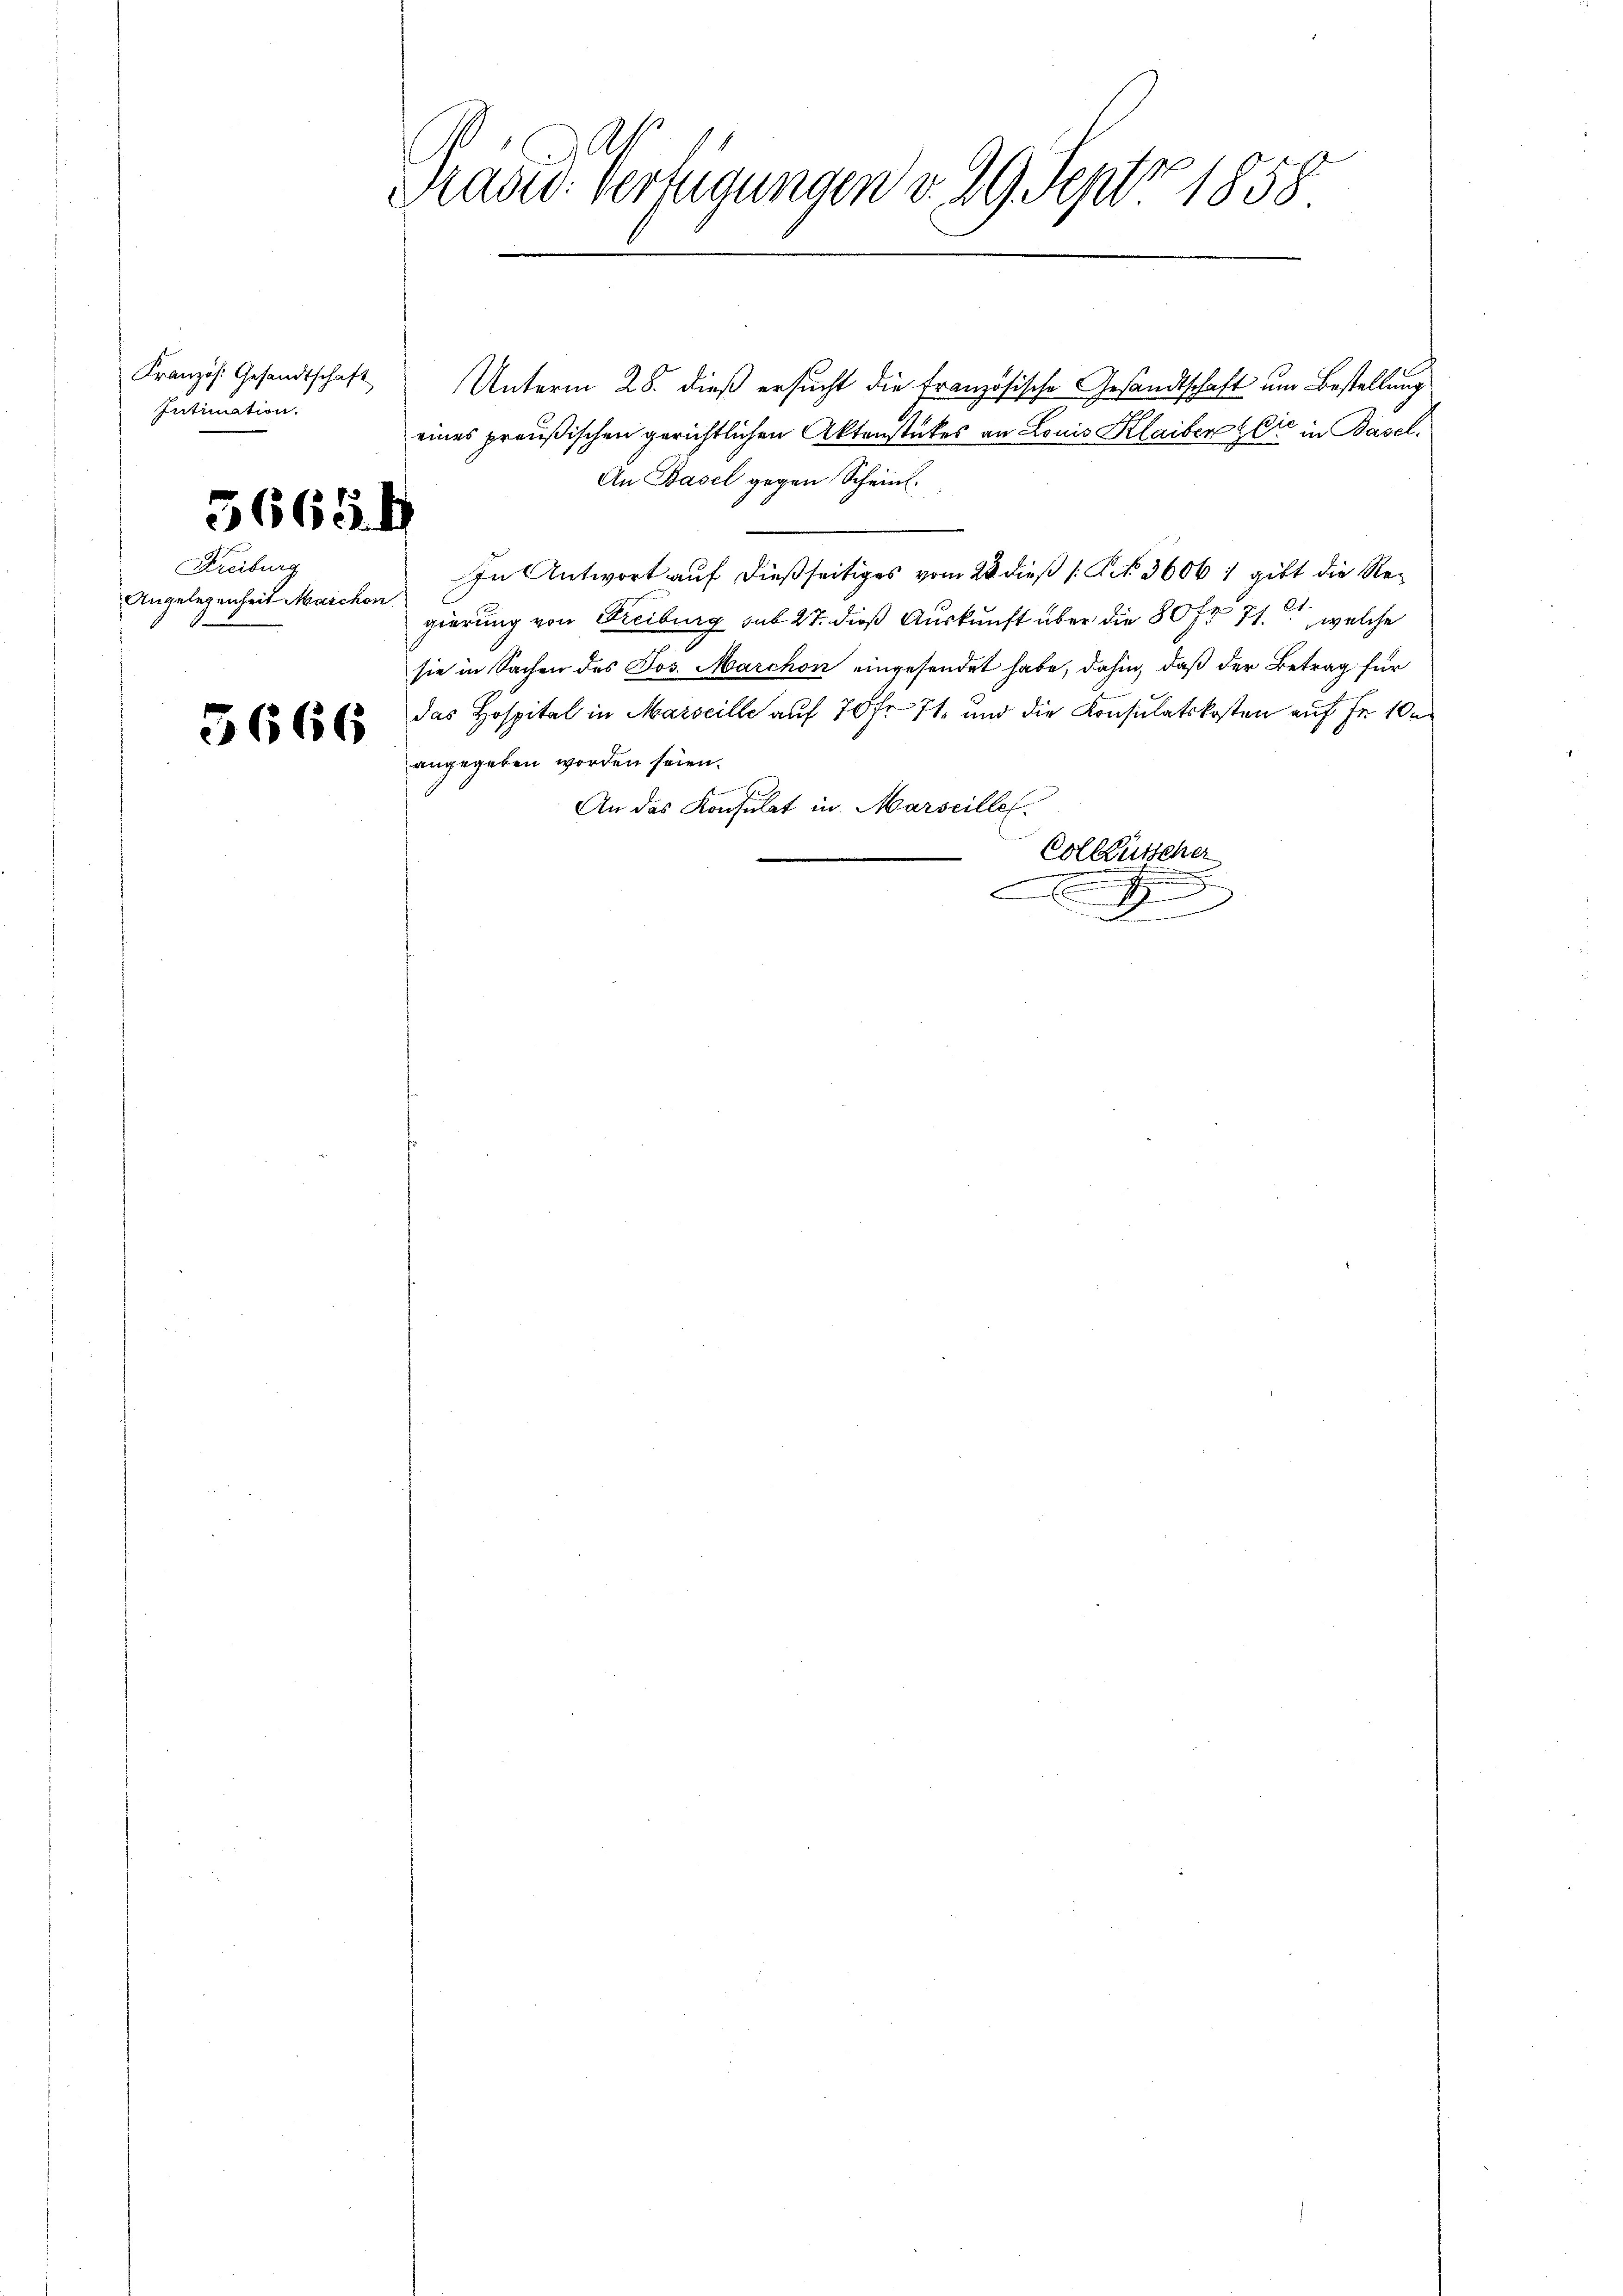
Französ. Gesandtschaft
Intimation.

56654

Freiburg
Angelegenheit Maschon.

5666

A
Mad: Verfügungen v. 29. Sept 1858

Unterm 28. dieß ersucht die Französische Gesandtschaft um Bestellung
eines preußischen gerichtlichen Aktenstückes an Louis Klaiber sie in Basel¬
An Basel gegen Scheint.
u
In Antwort auf dießseitiges vom 23 dieß P. 3606 1 gibt die Regierung von Freiburg sub 27. dieß Auskunft über die 80fr. 71, welche
sie in Sachen des Jos. Marchon eingesendet habe, dahin, daß der Betrag für
das Hospital in Marseille auf 70 fr. 71 und die Konsulatskosten auf Fr. 100
angegeben worden seien.
An das Konsulat in Marseille.
Colkutscher
n
e